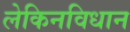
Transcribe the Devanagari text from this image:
लेकिनविधान